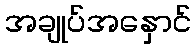
အချုပ်အနှောင်